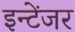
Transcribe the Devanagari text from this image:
इन्टेंजर